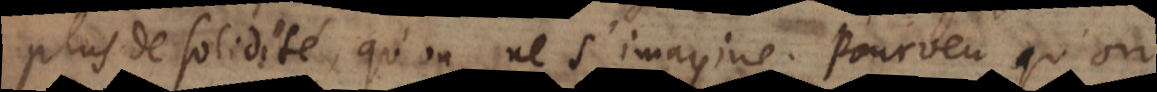
plus de solidité qu’on ne s’imagine; pourveu qu’on